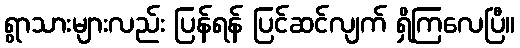
ရွာသားများလည်း ပြန်ရန် ပြင်ဆင်လျက် ရှိကြလေပြီ။